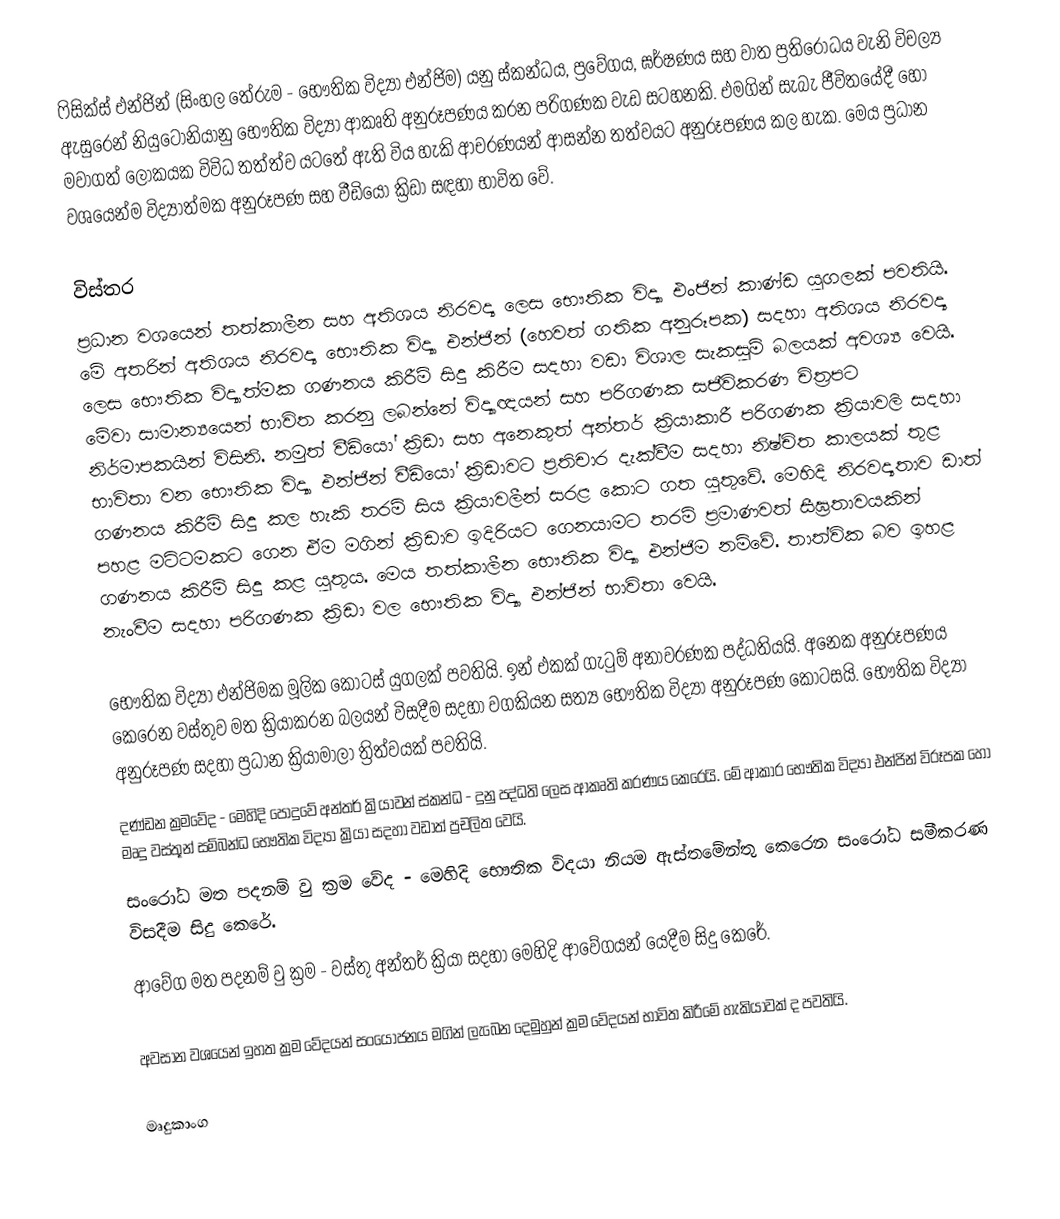
ෆිසික්ස් එන්ජින් (සිංහල තේරුම - භෞතික විද්‍යා එන්ජිම) යනු ස්කන්ධය, ප්‍රවේගය, ඝර්ෂණය සහ වාත ප්‍රතිරෝධය වැනි විචල්‍ය ඇසුරෙන් නියුටෝනියානු භෞතික විද්‍යා ආකෘති අනුරූපණය කරන පරිගණක වැඩ සටහනකි. එමගින් සැබැ ජීවිතයේදී හෝ මවාගත් ලෝකයක විවිධ තත්ත්ව යටතේ ඇති විය හැකි ආචරණයන් ආසන්න තත්වයට අනුරූපණය කල හැක. මෙය ප්‍රධාන වශයෙන්ම විද්‍යාත්මක අනුරූපණ සහ වීඩියෝ ක්‍රිඩා සඳහා භාවිත වේ.

විස්තර
ප්‍රධාන වශයෙන් තත්කාලීන සහ අතිශය නිරවද්‍ය ලෙස භෞතික විද්‍යා එංජින් කාණ්ඩ යුගලක් පවතියි.  මේ අතරින් අතිශය නිරවද්‍ය භෞතික විද්‍යා එන්ජින් (හෙවත් ගතික අනුරූපක) සදහා අතිශය නිරවද්‍ය ලෙස භෞතික විද්‍යාත්මක ගණනය කිරීම් සිදු කිරීම සදහා  වඩා විශාල සැකසුම් බලයක් අවශ්‍ය වෙයි. මේවා සාමාන්‍යයෙන් භාවිත කරනු ලබන්නේ විද්‍යාඥයන් සහ පරිගණක සජීවිකරණ චිත්‍රපට නිර්මාපකයින් විසිනි.  නමුත් වීඩියෝ ක්‍රිඩා සහ අනෙකුත් අන්තර් ක්‍රියාකාරී පරිගණක ක්‍රියාවලි සදහා භාවිතා වන භෞතික විද්‍යා එන්ජින් වීඩියෝ ක්‍රිඩාවට ප්‍රතිචාර දැක්වීම සදහා නිෂ්චිත කාලයක් තුළ ගණනය කිරීම් සිදු කල හැකි තරම් සිය ක්‍රියාවලීන් සරළ කොට ගත යුතුවේ. මෙහිදි නිරවද්‍යතාව ඩාත් පහළ මට්ටමකට ගෙන ඒම මගින් ක්‍රිඩාව ඉදිරියට ගෙනයාමට තරම් ප්‍රමාණවත් සීඝ්‍රතාවයකින් ගණනය කිරීම් සිදු කළ යුතුය. මෙය තත්කාලීන භෞතික විද්‍යා එන්ජිම නම්වේ. තාත්වික බව ඉහළ නැංවීම සදහා පරිගණක ක්‍රිඩා වල භෞතික විද්‍යා එන්ජින් භාවිතා වෙයි.

භෞතික විද්‍යා එන්ජිමක මූලික කොටස් යුගලක් පවතියි. ඉන් එකක් ගැටුම් අනාවරණක පද්ධතියයි. අනෙක අනුරූපණය කෙරෙන වස්තුව මත ක්‍රියාකරන බලයන් විසදීම සදහා වගකියන සත්‍ය භෞතික විද්‍යා අනුරූපණ කොටසයි. භෞතික විද්‍යා අනුරූපණ සදහා ප්‍රධාන ක්‍රියාමාලා ත්‍රිත්වයක් පවතියි.
	දණ්ඩන ක්‍රමවේද - මෙහිදි පොදුවේ අන්තර් ක්‍රියාවන් ස්කන්ධ - දුනු පද්ධති ලෙස ආකෘති කරණය කෙරෙයි. මේ ආකාර භෞතික විද්‍යා එන්ජින් විරූපක හෝ මෘදු වස්තූන් සම්බන්ධ භෞතික විද්‍යා ක්‍රියා සදහා වඩාත් ප්‍රචලිත වෙයි.
	සංරෝධ මත පදනම් වු ක්‍රම වේද - මෙහිදි භෞතික විදයා නියම ඇස්තමේන්තු කෙරෙන සංරෝධ සමීකරණ විසදීම සිදු කෙරේ.
	ආවේග මත පදනම් වු ක්‍රම - වස්තු අන්තර් ක්‍රියා සදහා මෙහිදි ආවේගයන් යෙදීම සිදු කෙරේ.

අවසාන වශයෙන් ඉහත ක්‍රම වේදයන් සංයෝජනය මගින් ලැබෙන දෙමුහුන් ක්‍රම වේදයන් භාවිත කිරීමේ හැකියාවක් ද පවතියි.

මෘදුකාංග